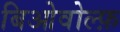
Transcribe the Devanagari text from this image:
बिओवोल्फ़